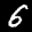
Label: 6